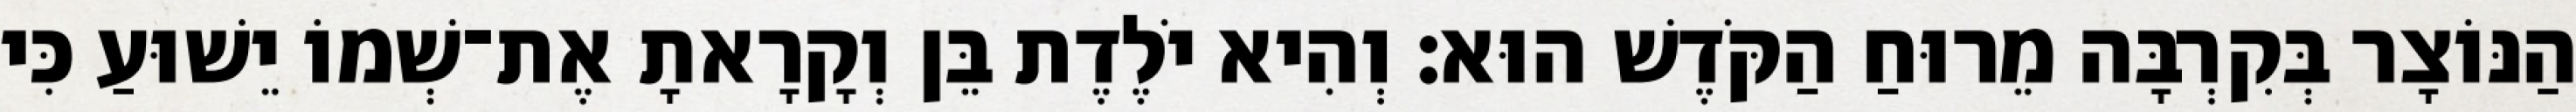
הַנּוֹצָר בְּקִרְבָּה מֵרוּחַ הַקֹּדֶשׁ הוּא׃ וְהִיא יֹלֶדֶת בֵּן וְקָרָאתָ אֶת־שְׁמוֹ יֵשׁוּעַ כִּי